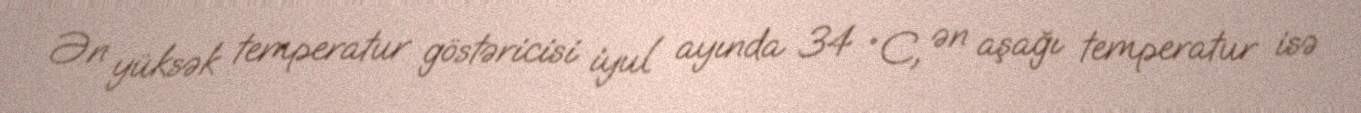
Ən yüksək temperatur göstəricisi iyul ayında 34 °C, ən aşağı temperatur isə